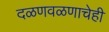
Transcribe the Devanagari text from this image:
दळणवळणाचेही